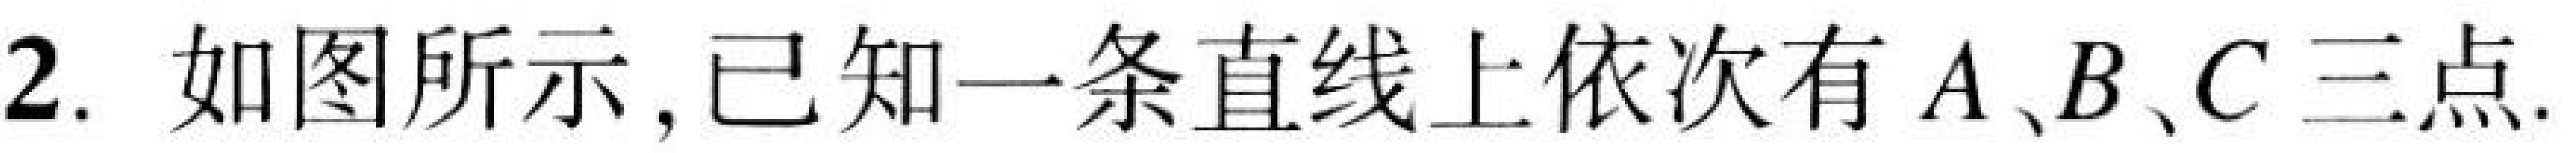
2. 如图所示, 已知一条直线上依次有\(A、B、C\)三点.